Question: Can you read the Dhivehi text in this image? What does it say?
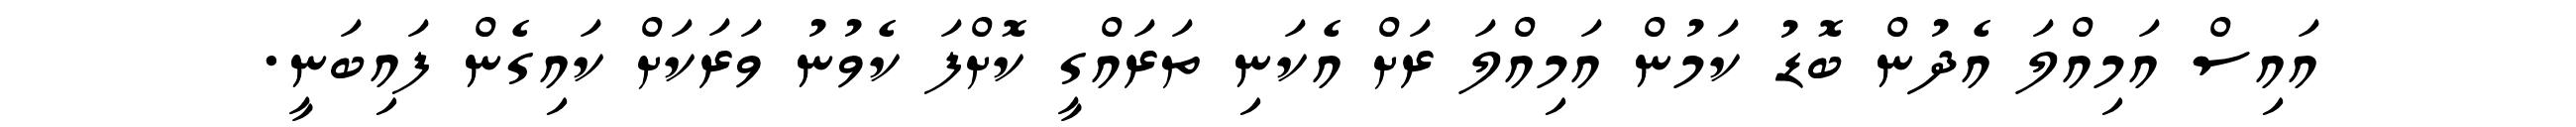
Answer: އައިސް އަމިއްލަ އެދުން ބޮޑު ކަމުން އަމިއްލަ ރަށް އެކަނި ތަރައްގީ ކޮށްފަ ކެވުނު ވަރަކަށް ކައިގެން ފައިބަނީ.